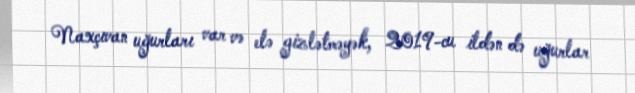
Naxçıvan uğurları var və elə gizlətməyək, 2019-cu ildən də uğurlar